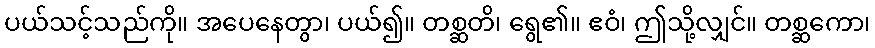
ပယ်သင့်သည်ကို။ အပေနေတွာ၊ ပယ်၍။ တစ္ဆတိ၊ ရွေ၏။ ဧဝံ၊ ဤသို့လျှင်။ တစ္ဆကော၊